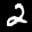
Digit: 2